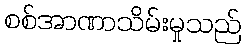
စစ်အာဏာသိမ်းမှုသည်